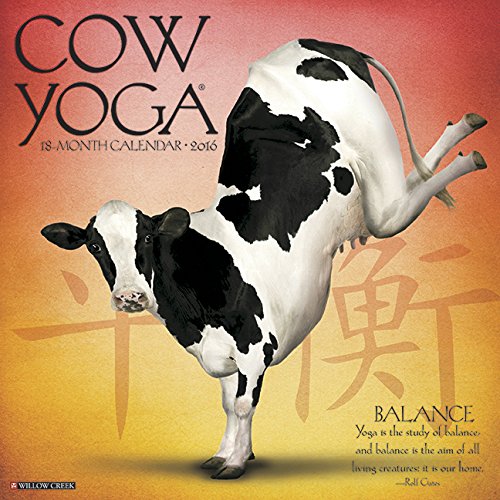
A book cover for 2016 Cow Yoga Wall Calendar; Willow Creek Press; Humor & Entertainment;